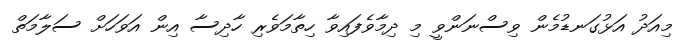
މިއަދު އަޅުގަނޑުމެން ވިސްނަންވީ މި ދިމާވެފައިވާ ހިތާމަވެރި ހާދިސާ އިން އަވަހަށް ސަލާމަތް